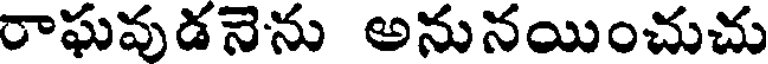
రాఘవుడనెను అనునయించుచు